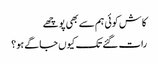
کاش کوئی ہم سے بھی پوچھے
رات گئے تک کیوں جاگے ہو؟